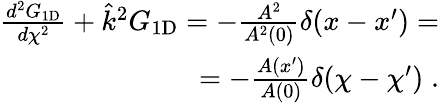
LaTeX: \begin{array}{r}{\frac{d^{2}G_{\mathrm{1D}}}{d\chi^{2}}+\hat{k}^{2}G_{\mathrm{1D}}=-\frac{A^{2}}{A^{2}(0)}\delta(x-x^{\prime})=}\\ {=-\frac{A(x^{\prime})}{A(0)}\delta(\chi-\chi^{\prime})\; .}\end{array}